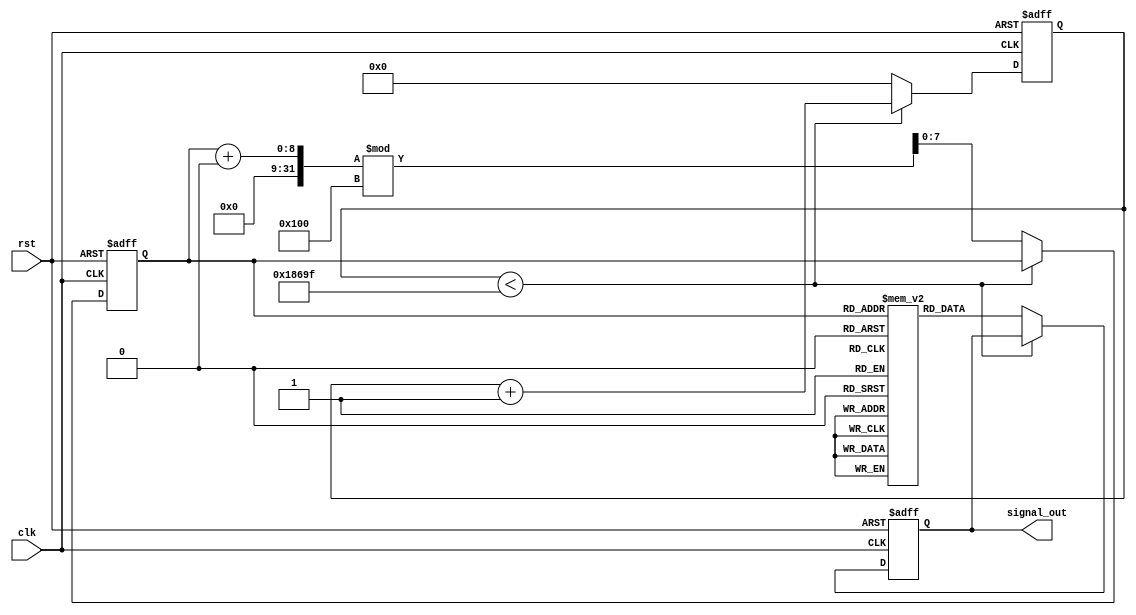
module SignalGenerator #(
    parameter integer CLK_FREQ = 100_000_000, // Clock frequency in Hz
    parameter integer SIGNAL_FREQ = 1000,      // Desired signal frequency in Hz
    parameter integer AMPLITUDE = 8'hFF,        // Amplitude (0-255 for 8-bit output)
    parameter integer PHASE_OFFSET = 0,         // Phase offset in degrees
    parameter integer SIGNAL_TYPE = 0           // 0: Sine, 1: Square, 2: Triangle
)(
    input wire clk,                             // Clock input
    input wire rst,                             // Reset input
    output reg [7:0] signal_out                // Output signal (8-bit)
);

    // Internal parameters
    localparam integer COUNTER_MAX = CLK_FREQ / SIGNAL_FREQ; // Counter max value for desired frequency
    reg [31:0] counter = 0;                       // Counter for frequency generation
    reg [7:0] phase_accumulator = 0;              // Phase accumulator for sine wave
    reg [7:0] sine_lut [0:255];                   // Sine lookup table
    integer i;

    // Initialize sine lookup table
    initial begin
        for (i = 0; i < 256; i = i + 1) begin
            sine_lut[i] = AMPLITUDE * (1 + $sin(2 * 3.14159265 * i / 256)); // Scale to amplitude
        end
    end

    // Main signal generation process
    always @(posedge clk or posedge rst) begin
        if (rst) begin
            counter <= 0;
            signal_out <= 0;
            phase_accumulator <= 0;
        end else begin
            if (counter < COUNTER_MAX - 1) begin
                counter <= counter + 1;
            end else begin
                counter <= 0;

                // Update phase accumulator for sine wave
                phase_accumulator <= (phase_accumulator + (256 * SIGNAL_FREQ / CLK_FREQ)) % 256;

                // Generate output signal based on selected type
                case (SIGNAL_TYPE)
                    0: // Sine wave
                        signal_out <= sine_lut[phase_accumulator];
                    1: // Square wave
                        signal_out <= (phase_accumulator < 128) ? AMPLITUDE : 0;
                    2: // Triangle wave
                        signal_out <= (phase_accumulator < 128) ? (AMPLITUDE * phase_accumulator / 128) : (AMPLITUDE * (255 - phase_accumulator) / 128);
                    default: // Default to zero
                        signal_out <= 0;
                endcase
            end
        end
    end

endmodule